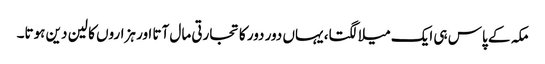
مکہ کے پاس ہی ایک میلا لگتا، یہاں دور دور کا تجارتی مال آتا اور ہزاروں کا لین دین ہوتا۔